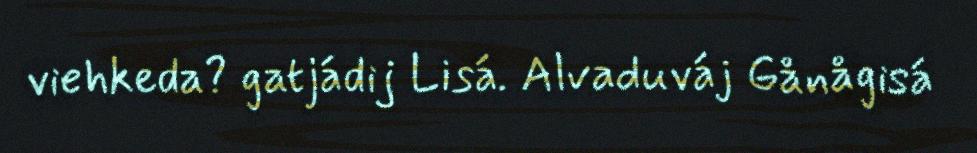
viehkeda? gatjádij Lisá. Alvaduváj Gånågisá